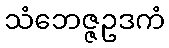
သံဘေဇ္ဇဥဒကံ